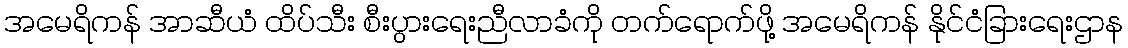
အမေရိကန် အာဆီယံ ထိပ်သီး စီးပွားရေးညီလာခံကို တက်ရောက်ဖို့ အမေရိကန် နိုင်ငံခြားရေးဌာန